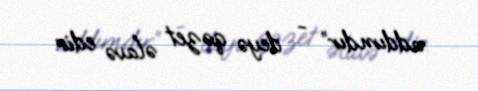
addımdır” - deyə qəzet əlavə edir.